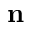
\mathbf { n }